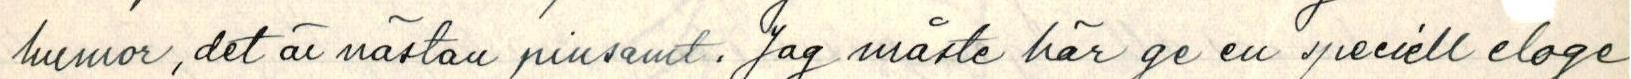
humor, det är nästan pinsamt. Jag måste här ge en speciell eloge